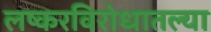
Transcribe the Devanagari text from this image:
लष्करविरोधातल्या